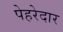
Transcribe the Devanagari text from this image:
पेहरेदार